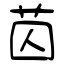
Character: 苬